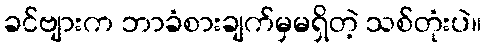
ခင်ဗျားက ဘာခံစားချက်မှမရှိတဲ့ သစ်တုံးပဲ။